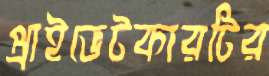
প্রাইভেটকারটির